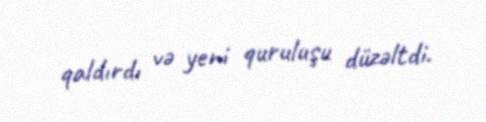
qaldırdı və yeni quruluşu düzəltdi.